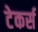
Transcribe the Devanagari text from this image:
टेकर्स